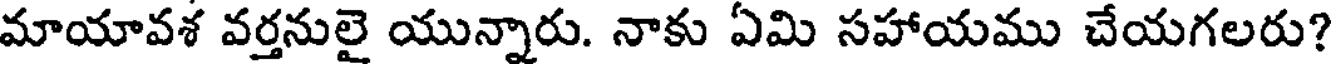
మాయావశ వర్తనులై యున్నారు. నాకు ఏమి సహాయము చేయగలరు?